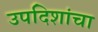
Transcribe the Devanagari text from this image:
उपदिशांचा